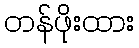
တန်ဖိုးထား